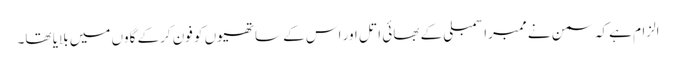
الزام ہے کہ سمن نے ممبراسمبلی کے بھائی اتل اور اس کے ساتھیوں کو فون کرکے گاوں میں بلایا تھا۔